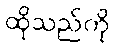
ထိုသည်ကို